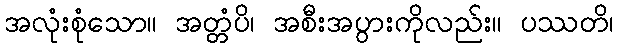
အလုံးစုံသော။ အတ္တံပိ၊ အစီးအပွားကိုလည်း။ ပဿတိ၊